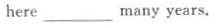
here___many years.